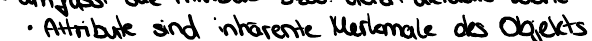
Attribute sind inhärente Merkmale des Objekts